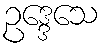
ဥဒ္ဒေသေ